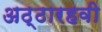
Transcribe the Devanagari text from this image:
अठ्ठारहवी